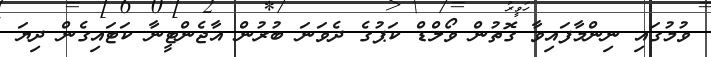
ވުމުގައި ނިންމާފައިވާ ގޮތުން ވޯލްޑް ކަޕުގެ ދެވަނަ ބުރުން އާޖެންޓީނާ ކަޓައިގެން ދިޔަ